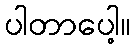
ပါတာပေါ့။